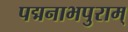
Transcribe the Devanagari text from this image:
पद्मनाभपुराम्